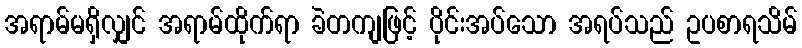
အရာမ်မရှိလျှင် အရာမ်ထိုက်ရာ ခဲတကျဖြင့် ပိုင်းအပ်သော အရပ်သည် ဥပစာရသိမ်